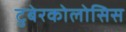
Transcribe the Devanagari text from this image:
टुबेरकोलोसिस